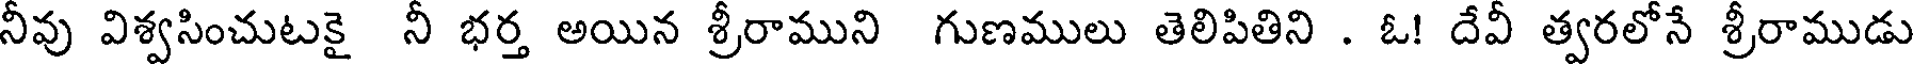
నీవు విశ్వసించుటకై నీ భర్త అయిన శ్రీరాముని గుణములు తెలిపితిని . ఓ! దేవీ త్వరలోనే శ్రీరాముడు